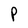
Character: P